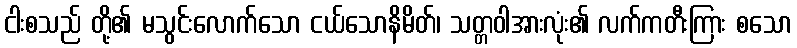
ငါးစသည် တို့၏ မသွင်းလောက်သော ငယ်သောနိမိတ်၊ သတ္တဝါအားလုံး၏ လက်ကတီးကြား စသော